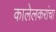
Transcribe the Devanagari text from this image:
कालेलकरांचा